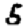
Digit: 5